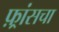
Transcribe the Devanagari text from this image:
फ़्रांसचा